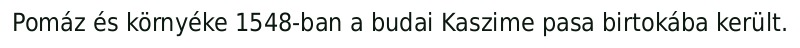
Pomáz és környéke 1548-ban a budai Kaszime pasa birtokába került.